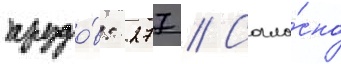
прудо́в: 277 // Согла́сно